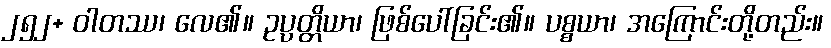
၂၅၂+ ဝါတဿ၊ လေ၏။ ဥပ္ပတ္တိယာ၊ ဖြစ်ပေါ်ခြင်း၏။ ပစ္စယာ၊ အကြောင်းတို့တည်း။